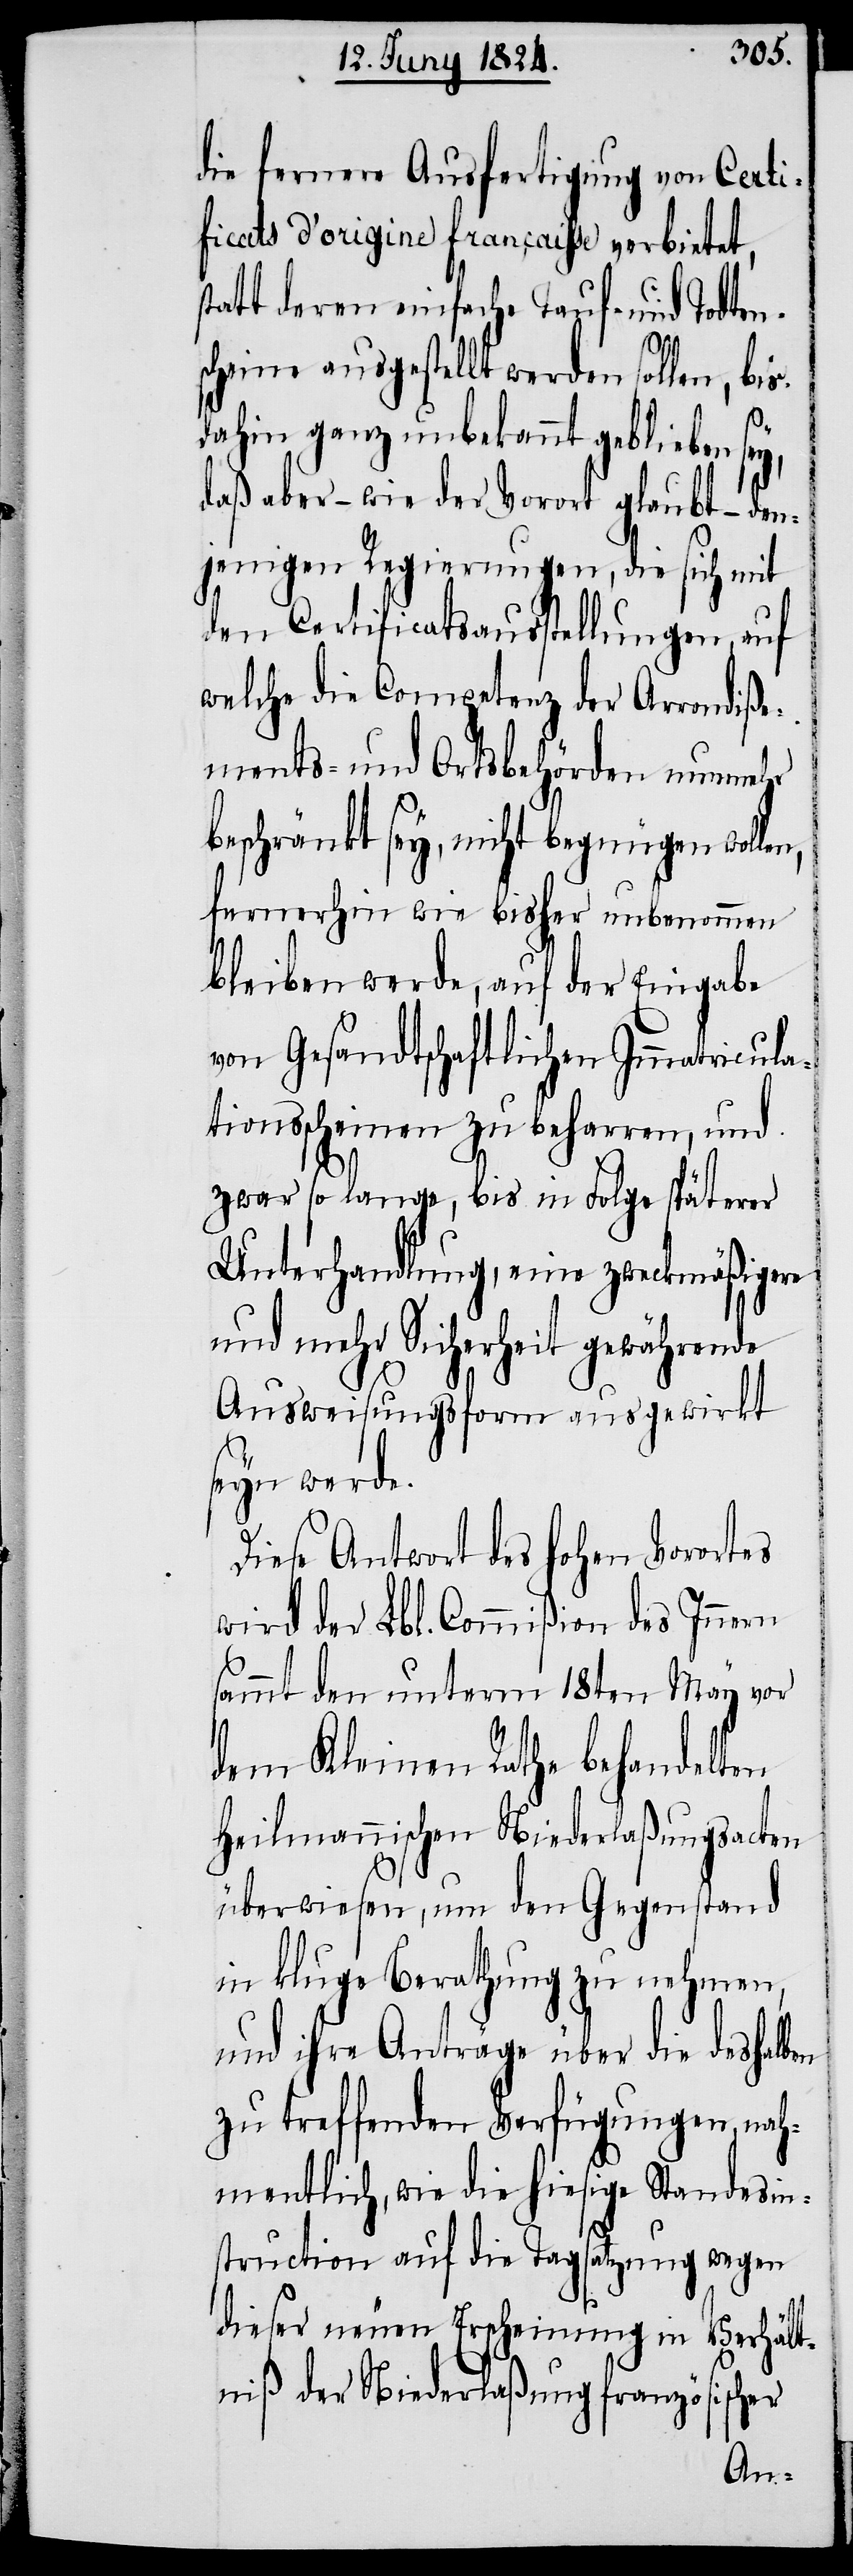
die fernere Ausfertigung von Certi¬
ficats d’origine française verbietet,
statt deren einfache Tauf- und Todten¬
scheine ausgestellt werden sollen, bis
dahin ganz unbekannt geblieben sey,
daß aber – wie der Vorort glaubt – den¬
jenigen Regierungen, die sich mit
den Certificatsausstellungen, auf
welche die Competenz der Arrondiße¬
ments- und Ortsbehörden nunmehr
beschränkt sey, nicht begnügen woll¬
fernerhin wie bisher unbenommen
bleiben werde, auf der Eingabe
von Gesandtschaftlichen Immatricula¬
tionsscheinen zu beharren, und
zwar so lange, bis in Folge späterer
Unterhandlung, eine zweckmäßigere
und mehr Sicherheit gewährende
Ausweisungsform ausgewirkt
seyn werde.
Diese Antwort des hohen Vorortes
wird der Lbl. Commißion des Innern
sammt den unterm 18ten May vor
dem Kleinen Rathe behandelten
Heilmannischen Niederlaßungsacten
überwiesen, um den Gegenstand
in kluge Berathung zu nehmen,
und ihre Anträge über die deshalben
zu treffenden Verfügungen, nah¬
mentlich, wie die hiesige Standesin¬
struction auf die Tagsatzung wegen
dieser neuen Erscheinung in Verhält¬
niß der Niederlaßung französischer
en,